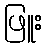
ဖြူး